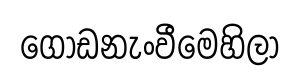
ගොඩනැංවීමෙහිලා